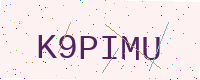
Text: K9PIMU